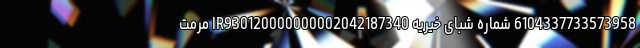
6104337733573958 شماره شبای خیریه IR930120000000002042187340 مرمت